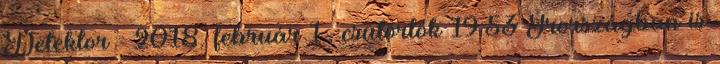
Detektor » 2018. február 1., csütörtök 19:53 Írországban is